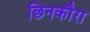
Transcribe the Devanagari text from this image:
छिनकौरा